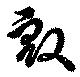
殷